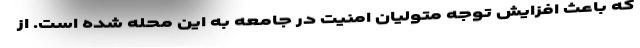
که باعث افزایش توجه متولیان امنیت در جامعه به این محله شده است. از